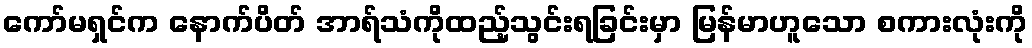
ကော်မရှင်က နောက်ပိတ် အာရ်သံကိုထည့်သွင်းရခြင်းမှာ မြန်မာဟူသော စကားလုံးကို